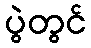
ပွဲတွင်